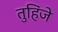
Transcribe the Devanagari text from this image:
तुहिंजे